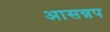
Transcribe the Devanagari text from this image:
आसन्नप